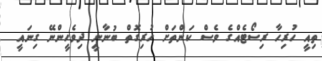
ތިއީ ހުރިހާ ރިސޯޓެެއްގެ ވެސް ކަންތަށް ހުރިގޮތް ބުނާނީ ދިވެހީންނޭ ގިނައީ